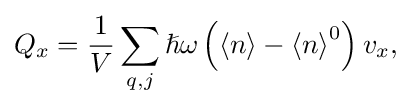
Q_{x}={\frac {1}{V}}\sum _{q,j}{\hslash \omega \left(\left\langle n\right\rangle -{\left\langle n\right\rangle }^{0}\right)v_{x}}{\text{,}}